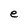
Character: e